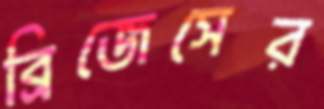
ব্রিজেসের